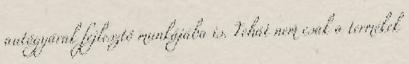
autógyárak fejlesztô munkájába is. Tehát nem csak a termékek